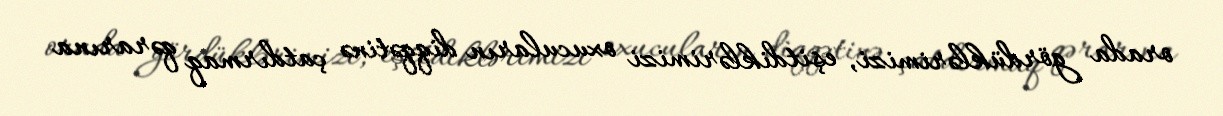
orada gördüklərimizi, eşitdiklərimizi oxucuların diqqətinə çatdırmaq qərarına